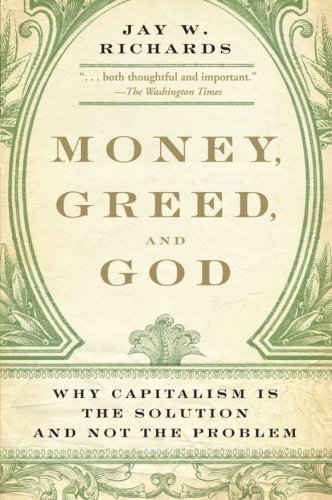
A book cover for Money, Greed, and God: Why Capitalism Is the Solution and Not the Problem; Jay W. Richards; Christian Books & Bibles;